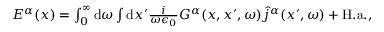
\begin{array} { r } { E ^ { \alpha } ( x ) = \int _ { 0 } ^ { \infty } \mathrm { d } \omega \int \mathrm { d } x ^ { \prime } \frac { i } { \omega \epsilon _ { 0 } } G ^ { \alpha } ( x , x ^ { \prime } , \omega ) \hat { j } ^ { \alpha } ( x ^ { \prime } , \omega ) + \mathrm { H . a . } , } \end{array}